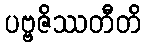
ပဗ္ဗဇိဿတီတိ